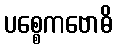
ပစ္စေကဗောဓိ